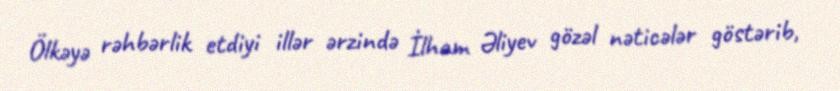
Ölkəyə rəhbərlik etdiyi illər ərzində İlham Əliyev gözəl nəticələr göstərib,